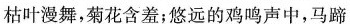
枯叶漫舞，菊花含羞；悠远的鸡鸣声中，马蹄